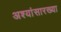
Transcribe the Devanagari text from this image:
अश्यांसारख्या